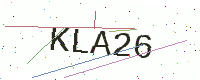
Text: KLA26